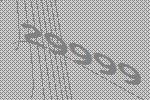
29999